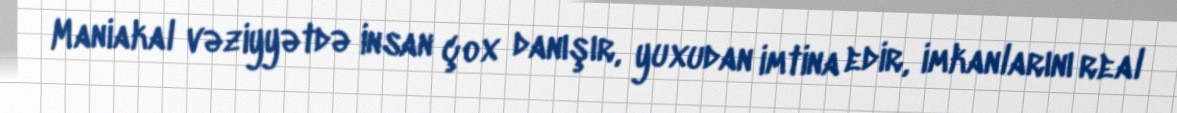
Maniakal vəziyyətdə insan çox danışır, yuxudan imtina edir, imkanlarını real